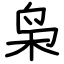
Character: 枭